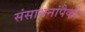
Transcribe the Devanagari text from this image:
संसाधनांपैकी